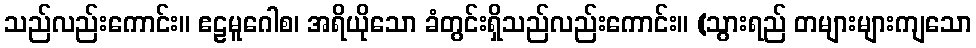
သည်လည်းကောင်း။ ဧဠမူဂေါစ၊ အရိယိုသော ခံတွင်းရှိသည်လည်းကောင်း။ (သွားရည် တများများကျသော